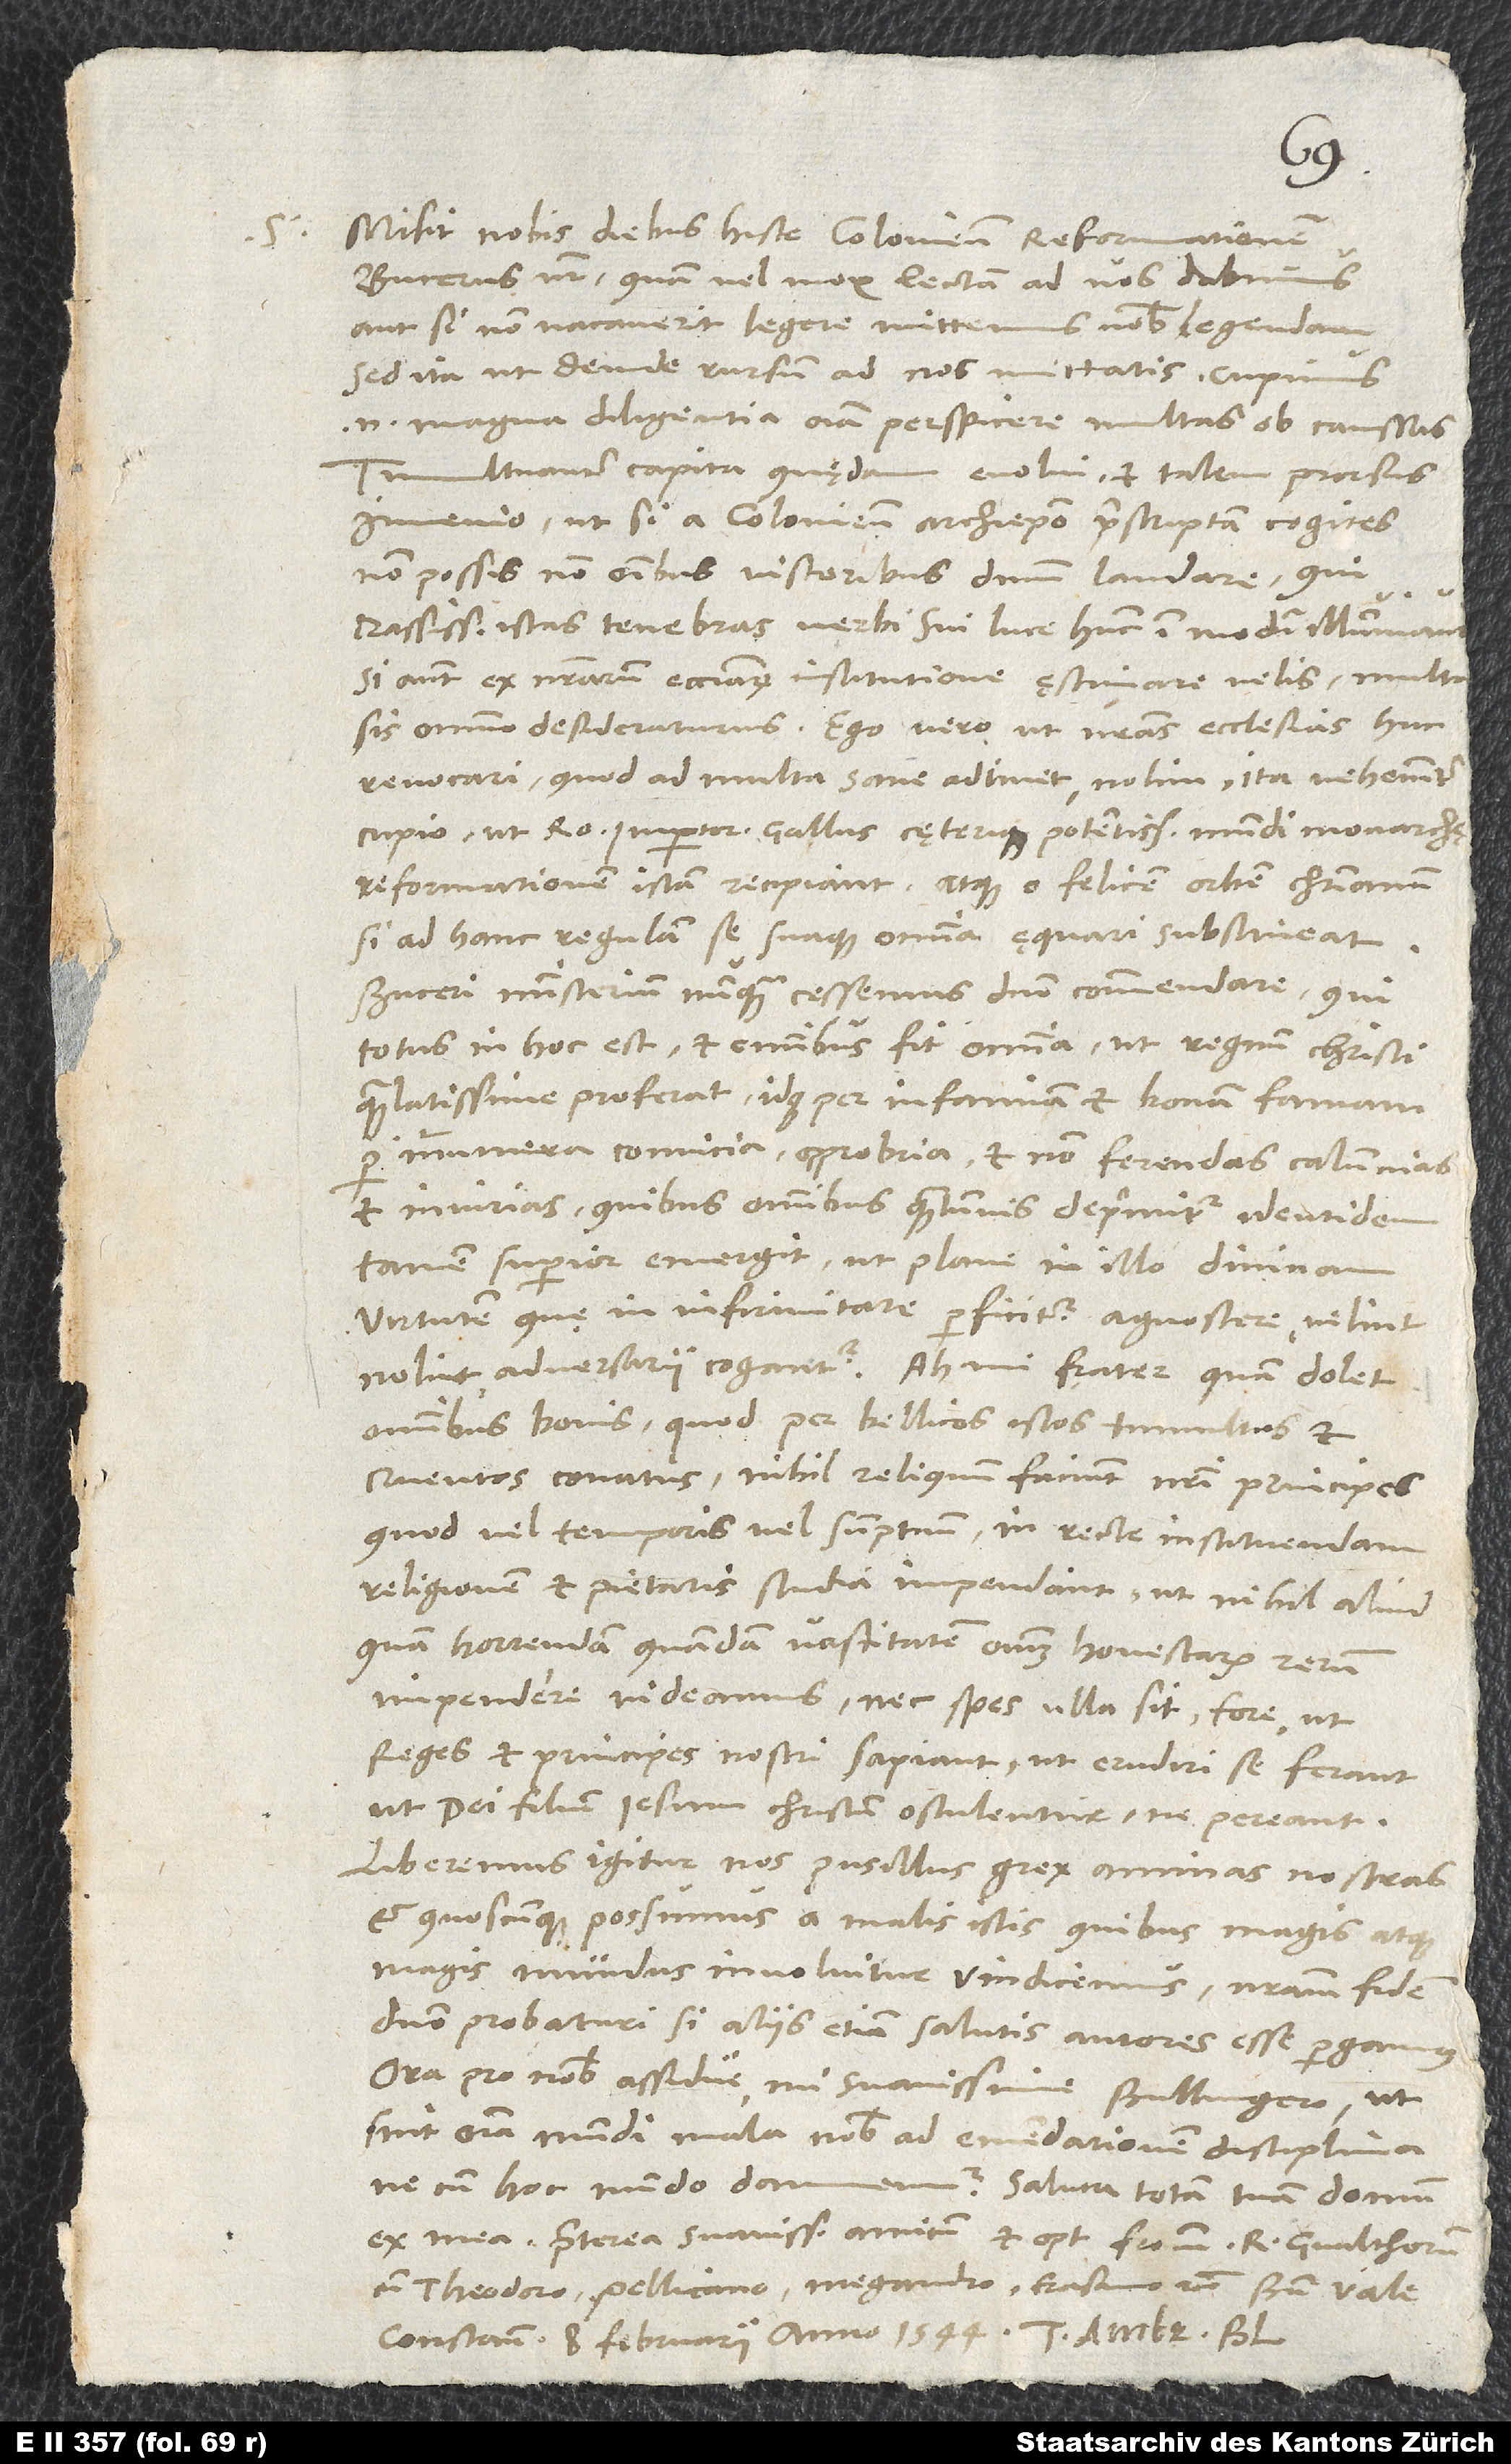
S.

Misit nobis diebus hisce Coloniensem Reformationem
Bucerus noster, quam vel mox lectam ad vos dabimus
aut, si non vacaverit legere, mittemus vobis legendam,
sed ita, ut deinde rursum ad nos mittatis; cupimus
enim magna diligentia omnia perspicere multas ob caussas.
Tumultuanter capita quędam evolvi et talem prorsus
invenio, ut, si a Coloniensi archiepiscopo praescriptam cogites,
non possis non omnibus visceribus dominum laudare, qui
crassissimas istas tenebras verbi sui luce hunc in modum illuminavi;
si autem ex nostrarum ecclesiarum institutione ęstimare velis, multa
sis omnino desideraturus. Ego vero ut nostras ecclesias huc
revocari, quod ad multa sane adtinet, nolim, ita vehementer
cupio, ut Romanus imperator, Gallus cęterique potentissimi mundi monarchę
reformationem istam recipiant atque, o felicem orbem christianum,
si ad hanc regulam se suaque omnia ęquari substineat!
Buceri ministerium nunquam cessemus domino commendare, qui
totus in hoc est et omnibus fit omnia, ut regnum Christi
quam latissime proferat idque per infamiam et bonam famam,
per innumera convicia, opprobria et non ferendas calumnias
et iniurias, quibus omnibus quantumvis deprimitur, identidem
tamen superior emergit, ut plane in illo divinam
virtutem, quę in infirmitate perficitur, agnoscere, velint
nolint, adversarii cogantur. Ah mi frater, quam dolet
omnibus bonis, quod per bellicos istos tumultus et
cruentos conatus nihil reliquum faciunt nostri principes,
quod vel temporis vel sumptuum in recte instituendam
religionem et pietatis studia impendant, ut nihil aliud
quam horrendam quandam vastitatem omnium honestarum rerum
impendere videamus nec spes ulla sit fore, ut
reges et principes nostri sapiant, ut erudiri se ferant,
ut dei filium Iesum Christum osculentur, ne pereant.
Liberemus igitur nos, pusillus grex, animas nostras
et, quoscumque possumus, a malis istis, quibus magis atque
magis mundus involvitur, vindicemus nostram fidem
domino probaturi, si aliis etiam salutis autores esse pergamus.
Ora pro nobis assidue, mi suavissime Bullingere, ut
sint omnia mundi mala nobis ad emendationem disciplina,
ne cum hoc mundo damnemur.
Saluta totam tuam domum
ex mea, praeterea suavissimum amicum et optimum patrem Rodolphum
cum Theodoro, Pellicano, Megandro, Erasmo etc. Bene vale.
Constantiae, 8. februarii anno 1544.